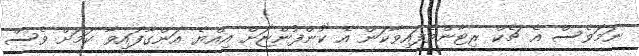
ނަމަވެސް އެ ޗެކް ރިޓާންވެފައިވާކަން އެ ކުންފުންޏަށް އިއްޔެ އަންގާފައިވާ ކަމަށް ވެސް